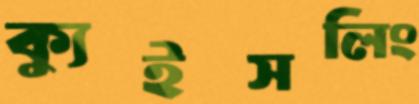
ক্যুইসলিং